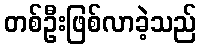
တစ်ဦးဖြစ်လာခဲ့သည်